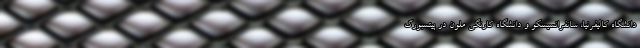
دانشگاه کالیفرنیا، سانفرانسیسکو و دانشگاه کارنگی ملون در پیتسبورگ